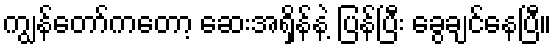
ကျွန်တော်ကတော့ ဆေးအရှိန်နဲ့ ပြန်ပြီး ခွေချင်နေပြီ။